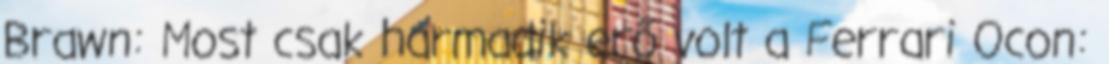
Brawn: Most csak harmadik erő volt a Ferrari Ocon: